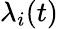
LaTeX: {\lambda}_{i}(t)